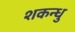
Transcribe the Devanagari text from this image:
शकन्धु